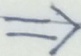
\Rightarrow